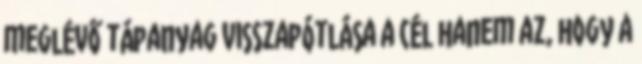
meglévő tápanyag visszapótlása a cél hanem az, hogy a